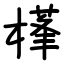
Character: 樥